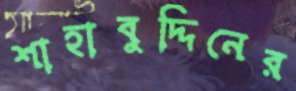
শাহাবুদ্দিনের